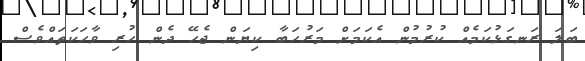
ބަލަ ރަނގަޅުކަމެއް ކުރުމުން އެކަމަށް މަރުހަބާ ކިޔަން ޖެހޭ ދެން ހުރި ވާހަކަތައްވެސް